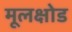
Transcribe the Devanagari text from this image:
मूलक्षोड